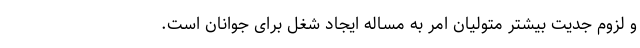
و لزوم جدیت بیشتر متولیان امر به مساله ایجاد شغل برای جوانان است.